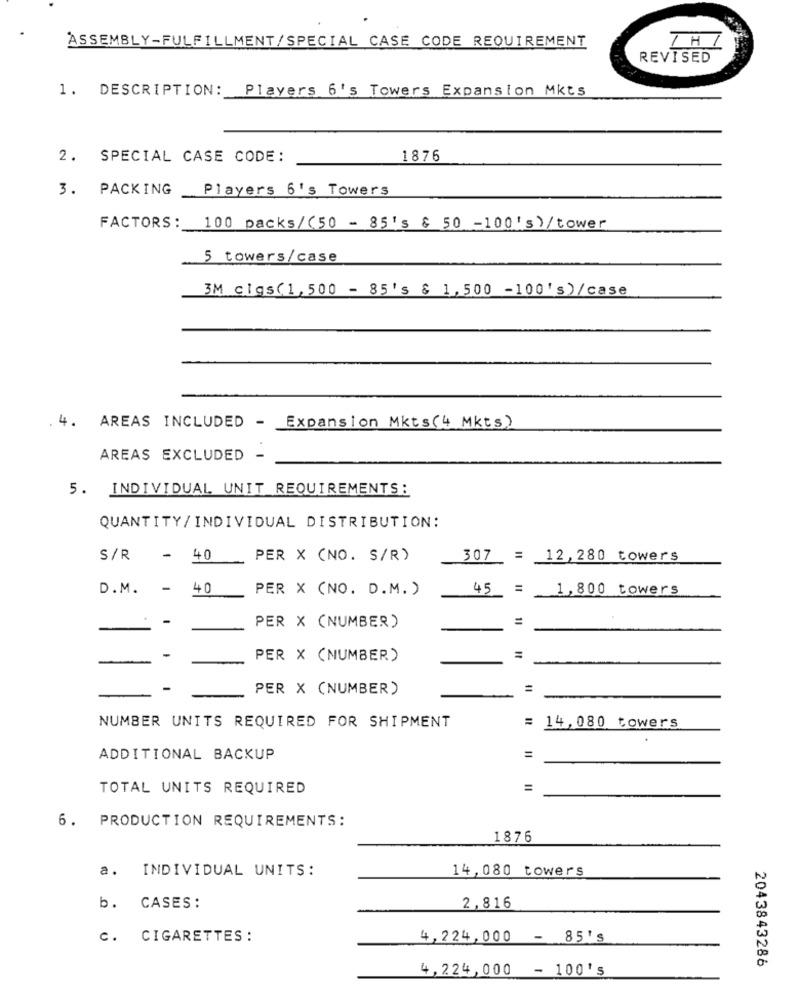
ASSEMBLY-FULFILLMENT/SPECIAL CASE CODE REQUIREMENT
1H1
REVISED
1. DESCRIPTION: Players 6's Towers Expansion Mkts
2. SPECIAL CASE CODE:
1876
3. PACKING
Players 6's Towers
FACTORS :
100 packs/(50 - 85's & 50 -100's) /tower
5 towers/case
3M cigs(1,500 - 85's & 1,500 -100's)/case
4. AREAS INCLUDED - Expansion Mkts(4 Mkts)
AREAS EXCLUDED
5. INDIVIDUAL UNIT REQUIREMENTS:
QUANTITY/INDIVIDUAL DISTRIBUTION:
S/R - 40
PER X (NO. S/R)
307 = 12,280 towers
D.M. - 40
PER X (NO. D.M. )
1,800 towers
45 = _
-
PER X (NUMBER)
=
-
PER X (NUMBER)
=
PER X (NUMBER)
NUMBER UNITS REQUIRED FOR SHIPMENT
= 14,080 towers
ADDITIONAL BACKUP
=
TOTAL UNITS REQUIRED
=
6. PRODUCTION REQUIREMENTS:
1876
a. INDIVIDUAL UNITS:
14,080 towers
b. CASES:
2,816
C. CIGARETTES :
4,224,000 - 85's
2043843286
4,224,000 - 100's